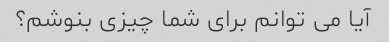
آیا می توانم برای شما چیزی بنوشم؟